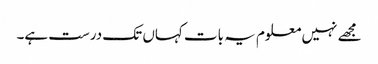
مجھے نہیں معلوم یہ بات کہاں تک درست ہے۔